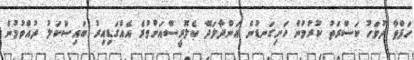
ހަފްތާ ދުވަހު ކަސްރަތު ކުރުމުން ހަށިގަނޑުން އަންދާލަދޭ ކެލޮރީސްއަށްވުރެ އެއްގަޑިއިރު ބައިސްކަލު ދުއްވުމުން